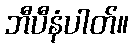
ဘီပီနံပါတ်။